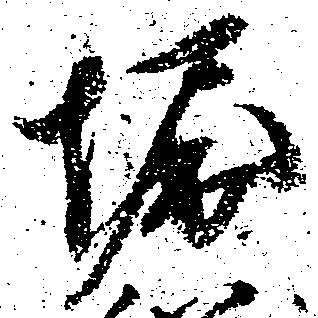
堀